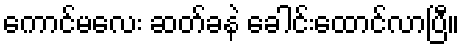
ကောင်မလေး ဆတ်ခနဲ ခေါင်းထောင်လာပြီ။